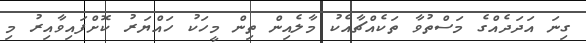
ގިނަ އަދަދެއްގެ މަސްތުވާ ތަކެއްޗާއެކު މާލެއިން ތިން މީހަކު ހައްޔަރު ކޮށްފައިވާއިރު މި